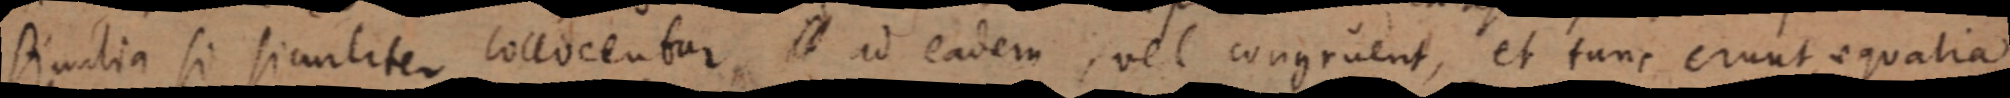
similia si similiter collocentur. ad eadem, vel congruent, et tunc erunt aequalia